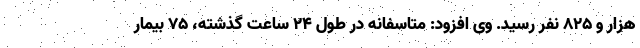
هزار و ۸۲۵ نفر رسید. وی افزود: متاسفانه در طول ۲۴ ساعت گذشته، ۷۵ بیمار